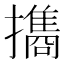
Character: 㩦